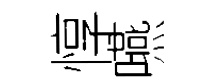
惇嚥